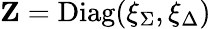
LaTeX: \mathbf{Z}=\mathrm{Diag}(\xi_{\Sigma},\xi_{\Delta})